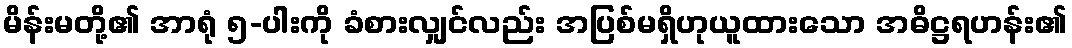
မိန်းမတို့၏ အာရုံ ၅-ပါးကို ခံစားလျှင်လည်း အပြစ်မရှိဟုယူထားသော အဓိဋ္ဌရဟန်း၏